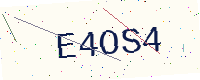
Text: E4OS4